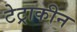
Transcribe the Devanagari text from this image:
टेट्राकीन